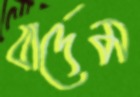
বার্দেম